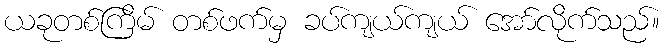
ယခုတစ်ကြိမ် တစ်ဖက်မှ ခပ်ကျယ်ကျယ် အော်လိုက်သည်။